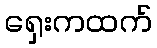
ရှေးကထက်